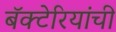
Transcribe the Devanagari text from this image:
बॅक्‍टेरियांची